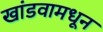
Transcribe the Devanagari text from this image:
खांडवामधून